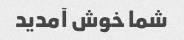
شما خوش آمدید